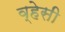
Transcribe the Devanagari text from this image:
व्हेसी